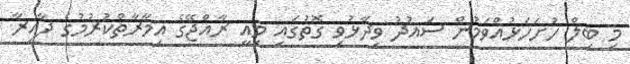
މި ބިލް ހުށަހަޅުއްވަމުން ސައުދު ވިދާޅުވި ގޮތުގައި މިއީ ރާއްޖޭގެ އިމާރާތްކުރުމުގެ ދާއިރާ